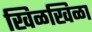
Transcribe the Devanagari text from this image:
खिळखिळा